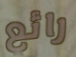
رائع